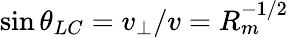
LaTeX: \sin\theta_{LC}=v_{\perp}/v=R_{m}^{-1/2}